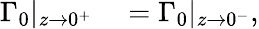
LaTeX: \begin{array}{rl}{\Gamma_{0}|_{z\to 0^{+}}}&{{}=\Gamma_{0}|_{z\to 0^{-}},}\end{array}